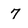
Character: 7